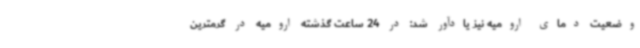
وضعیت دمای ارومیه نیز یادآور شد: در 24 ساعت گذشته ارومیه در گرمترین